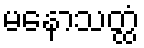
မနောသတ္ထံ